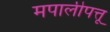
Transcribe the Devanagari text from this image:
मपालीपत्तू